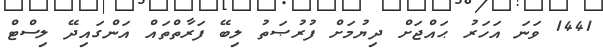
1441 ވަނަ އަހަރު ޙައްޖަށް ދިޔުމަށް ފުރުޞަތު ލިބޭ ފަރާތްތައް އަންގައިދޭ ލިސްޓް